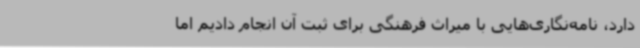
دارد، نامه‌نگاری‌هایی با میراث فرهنگی برای ثبت آن انجام دادیم اما